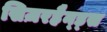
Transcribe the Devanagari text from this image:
सिज़रहैन्ड्स